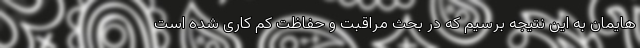
هایمان به این نتیجه برسیم که در بحث مراقبت و حفاظت کم کاری شده است